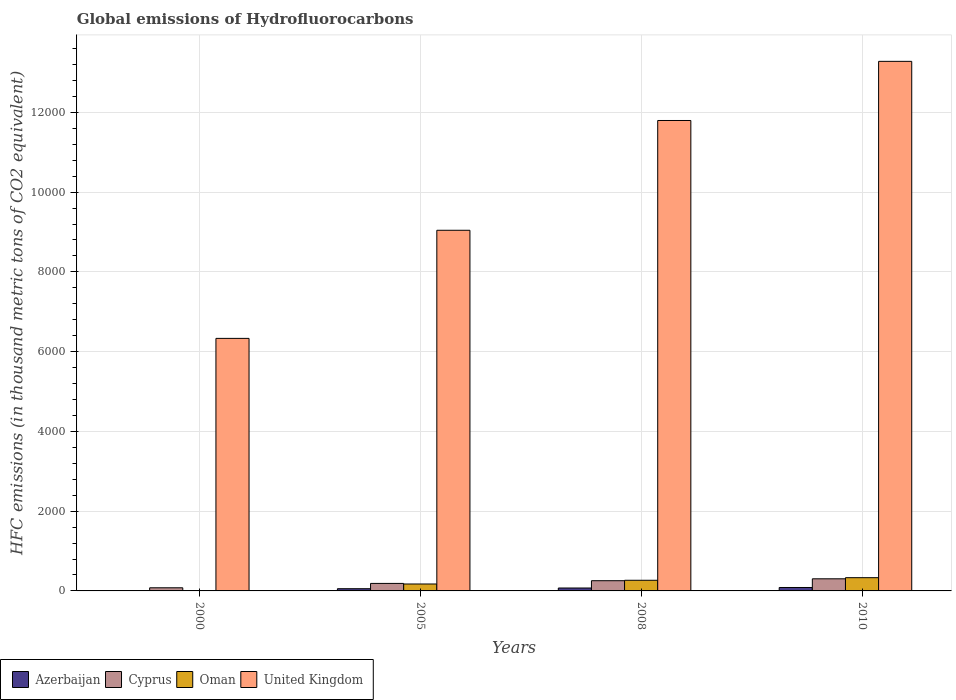
| Years | Azerbaijan | Cyprus | Oman | United Kingdom |
 | --- | --- | --- | --- | --- |
 | 2000 | 8.5 | 78.4 | 8.6 | 6.33e+03 |
 | 2005 | 55.4 | 188 | 174 | 9.04e+03 |
 | 2008 | 73.1 | 256 | 267 | 1.18e+04 |
 | 2010 | 86 | 304 | 332 | 1.33e+04 |